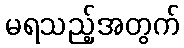
မရသည့်အတွက်